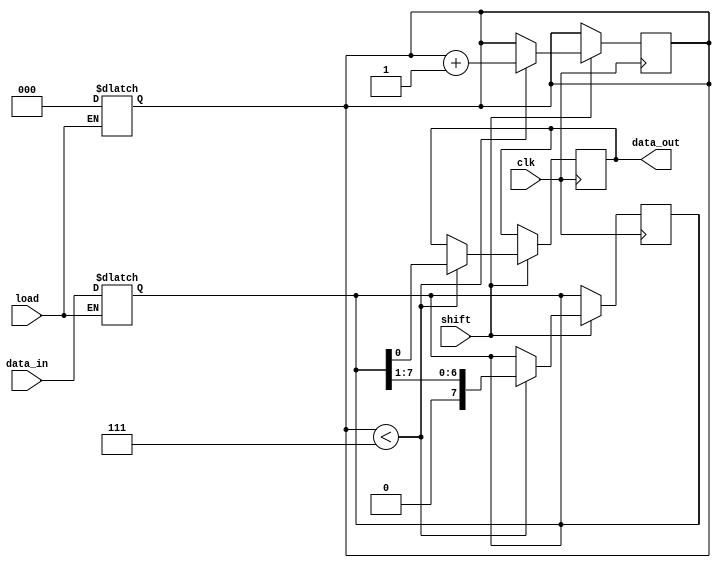
module PISO_Register (
    input wire [7:0] data_in,    // 8-bit parallel data input
    input wire load,              // Asynchronous load signal (active high)
    input wire shift,             // Shift control signal (active high)
    input wire clk,               // Clock signal
    output reg data_out           // Serial data output
);

// Internal register to hold the 8-bit data
reg [7:0] register;
reg [2:0] shift_count; // Counter to keep track of the number of bits shifted out

// Asynchronous load operation
always @(*) begin
    if (load) begin
        register = data_in; // Load data into the register
        shift_count = 3'b000; // Reset shift count
    end
end

// Synchronous shift operation
always @(posedge clk) begin
    if (shift) begin
        if (shift_count < 3'b111) begin // Ensure it doesn't exceed 8 shifts for 8 bits
            data_out <= register[0]; // Output the LSB
            register <= {1'b0, register[7:1]}; // Shift left
            shift_count <= shift_count + 1; // Increment shift count
        end
    end
end

endmodule